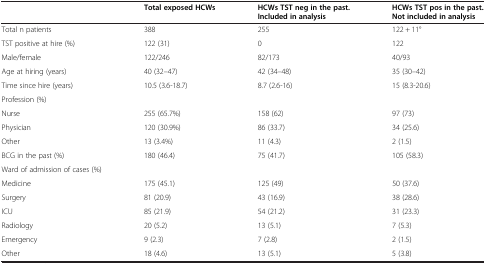
|  | Total exposed HCWs | HCWs TST neg in the past. Included in analysis | HCWs TST pos in the past. Not included in analysis |
 | --- | --- | --- | --- |
 | Total n patients | 388 | 255 | 122 + 11° |
 | TST positive at hire (%) | 122 (31) | 0 | 122 |
 | Male/female | 122/246 | 82/173 | 40/93 |
 | Age at hiring (years) | 40 (32–47) | 42 (34–48) | 35 (30–42) |
 | Time since hire (years) | 10.5 (3.6-18.7) | 8.7 (2.6-16) | 15 (8.3-20.6) |
 | Profession (%) |  |  |  |
 | Nurse | 255 (65.7%) | 158 (62) | 97 (73) |
 | Physician | 120 (30.9%) | 86 (33.7) | 34 (25.6) |
 | Other | 13 (3.4%) | 11 (4.3) | 2 (1.5) |
 | BCG in the past (%) | 180 (46.4) | 75 (41.7) | 105 (58.3) |
 | Ward of admission of cases (%) |  |  |  |
 | Medicine | 175 (45.1) | 125 (49) | 50 (37.6) |
 | Surgery | 81 (20.9) | 43 (16.9) | 38 (28.6) |
 | ICU | 85 (21.9) | 54 (21.2) | 31 (23.3) |
 | Radiology | 20 (5.2) | 13 (5.1) | 7 (5.3) |
 | Emergency | 9 (2.3) | 7 (2.8) | 2 (1.5) |
 | Other | 18 (4.6) | 13 (5.1) | 5 (3.8) |